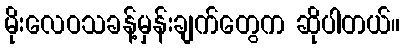
မိုးလေဝသခန့်မှန်းချက်တွေက ဆိုပါတယ်။